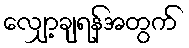
လျှော့ချရန်အတွက်